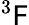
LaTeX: ^3\mathsf{F}